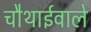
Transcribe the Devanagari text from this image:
चौथाईवाले